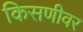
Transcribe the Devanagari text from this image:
किसणीवर